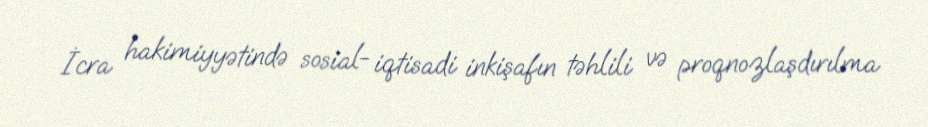
İcra hakimiyyətində sosial- iqtisadi inkişafın təhlili və proqnozlaşdırılma